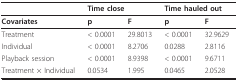
<table><thead><tr><td></td><td colspan="2"><b>Time close</b></td><td colspan="2"><b>Time hauled out</b></td></tr></thead><tbody><tr><td><b>Covariates</b></td><td><b>p</b></td><td><b>F</b></td><td><b>p</b></td><td><b>F</b></td></tr><tr><td>Treatment</td><td>&lt; 0.0001</td><td>29.8013</td><td>&lt; 0.0001</td><td>32.9629</td></tr><tr><td>Individual</td><td>&lt; 0.0001</td><td>8.2706</td><td>0.0288</td><td>2.8116</td></tr><tr><td>Playback session</td><td>&lt; 0.0001</td><td>8.9398</td><td>&lt; 0.0001</td><td>9.6711</td></tr><tr><td>Treatment × Individual</td><td>0.0534</td><td>1.995</td><td>0.0465</td><td>2.0528</td></tr></tbody></table>